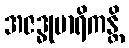
အဇဒ္ဓုမာရိကန္တိ